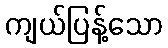
ကျယ်ပြန့်သော